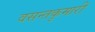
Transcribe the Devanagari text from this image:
वसन्तकुमारी